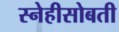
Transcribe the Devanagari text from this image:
स्नेहीसोबती